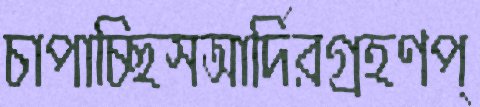
চাপাচ্ছিসআর্দিরগ্রহণপ্